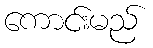
ကောင်းမည်